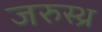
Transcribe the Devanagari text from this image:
जरुस्थ्र